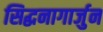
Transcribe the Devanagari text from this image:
सिद्धनागार्जुन